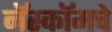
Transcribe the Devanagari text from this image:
नॅस्कॉमचे